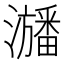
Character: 𤃃